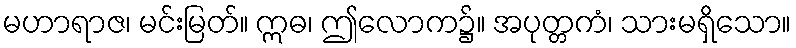
မဟာရာဇ၊ မင်းမြတ်။ ဣဓ၊ ဤလောက၌။ အပုတ္တကံ၊ သားမရှိသော။